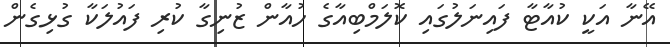
އޭނާ އަކީ ކުއާޓާ ފައިނަލުގައި ކޮލަމްބިއާގެ ހުއާން ޒުނިގާ ކުރި ފައުލަކާ ގުޅިގެން